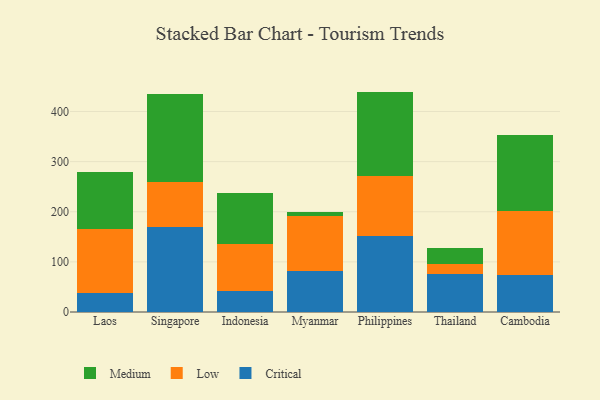
{"axis": {"x": "Country", "y": "Conversion Rate (%)"}, "legend": ["Critical", "Low", "Medium"], "data": [{"x": "Laos", "y": 37.1, "type": "Critical"}, {"x": "Laos", "y": 128.7, "type": "Low"}, {"x": "Laos", "y": 112.9, "type": "Medium"}, {"x": "Singapore", "y": 169.8, "type": "Critical"}, {"x": "Singapore", "y": 88.8, "type": "Low"}, {"x": "Singapore", "y": 177.3, "type": "Medium"}, {"x": "Indonesia", "y": 42.1, "type": "Critical"}, {"x": "Indonesia", "y": 94.4, "type": "Low"}, {"x": "Indonesia", "y": 101.5, "type": "Medium"}, {"x": "Myanmar", "y": 82.5, "type": "Critical"}, {"x": "Myanmar", "y": 108.5, "type": "Low"}, {"x": "Myanmar", "y": 7.9, "type": "Medium"}, {"x": "Philippines", "y": 152.0, "type": "Critical"}, {"x": "Philippines", "y": 119.4, "type": "Low"}, {"x": "Philippines", "y": 168.3, "type": "Medium"}, {"x": "Thailand", "y": 75.1, "type": "Critical"}, {"x": "Thailand", "y": 19.8, "type": "Low"}, {"x": "Thailand", "y": 32.1, "type": "Medium"}, {"x": "Cambodia", "y": 74.7, "type": "Critical"}, {"x": "Cambodia", "y": 126.8, "type": "Low"}, {"x": "Cambodia", "y": 152.2, "type": "Medium"}]}